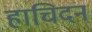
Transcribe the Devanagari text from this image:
हाचिदन